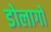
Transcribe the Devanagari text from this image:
डोलागो